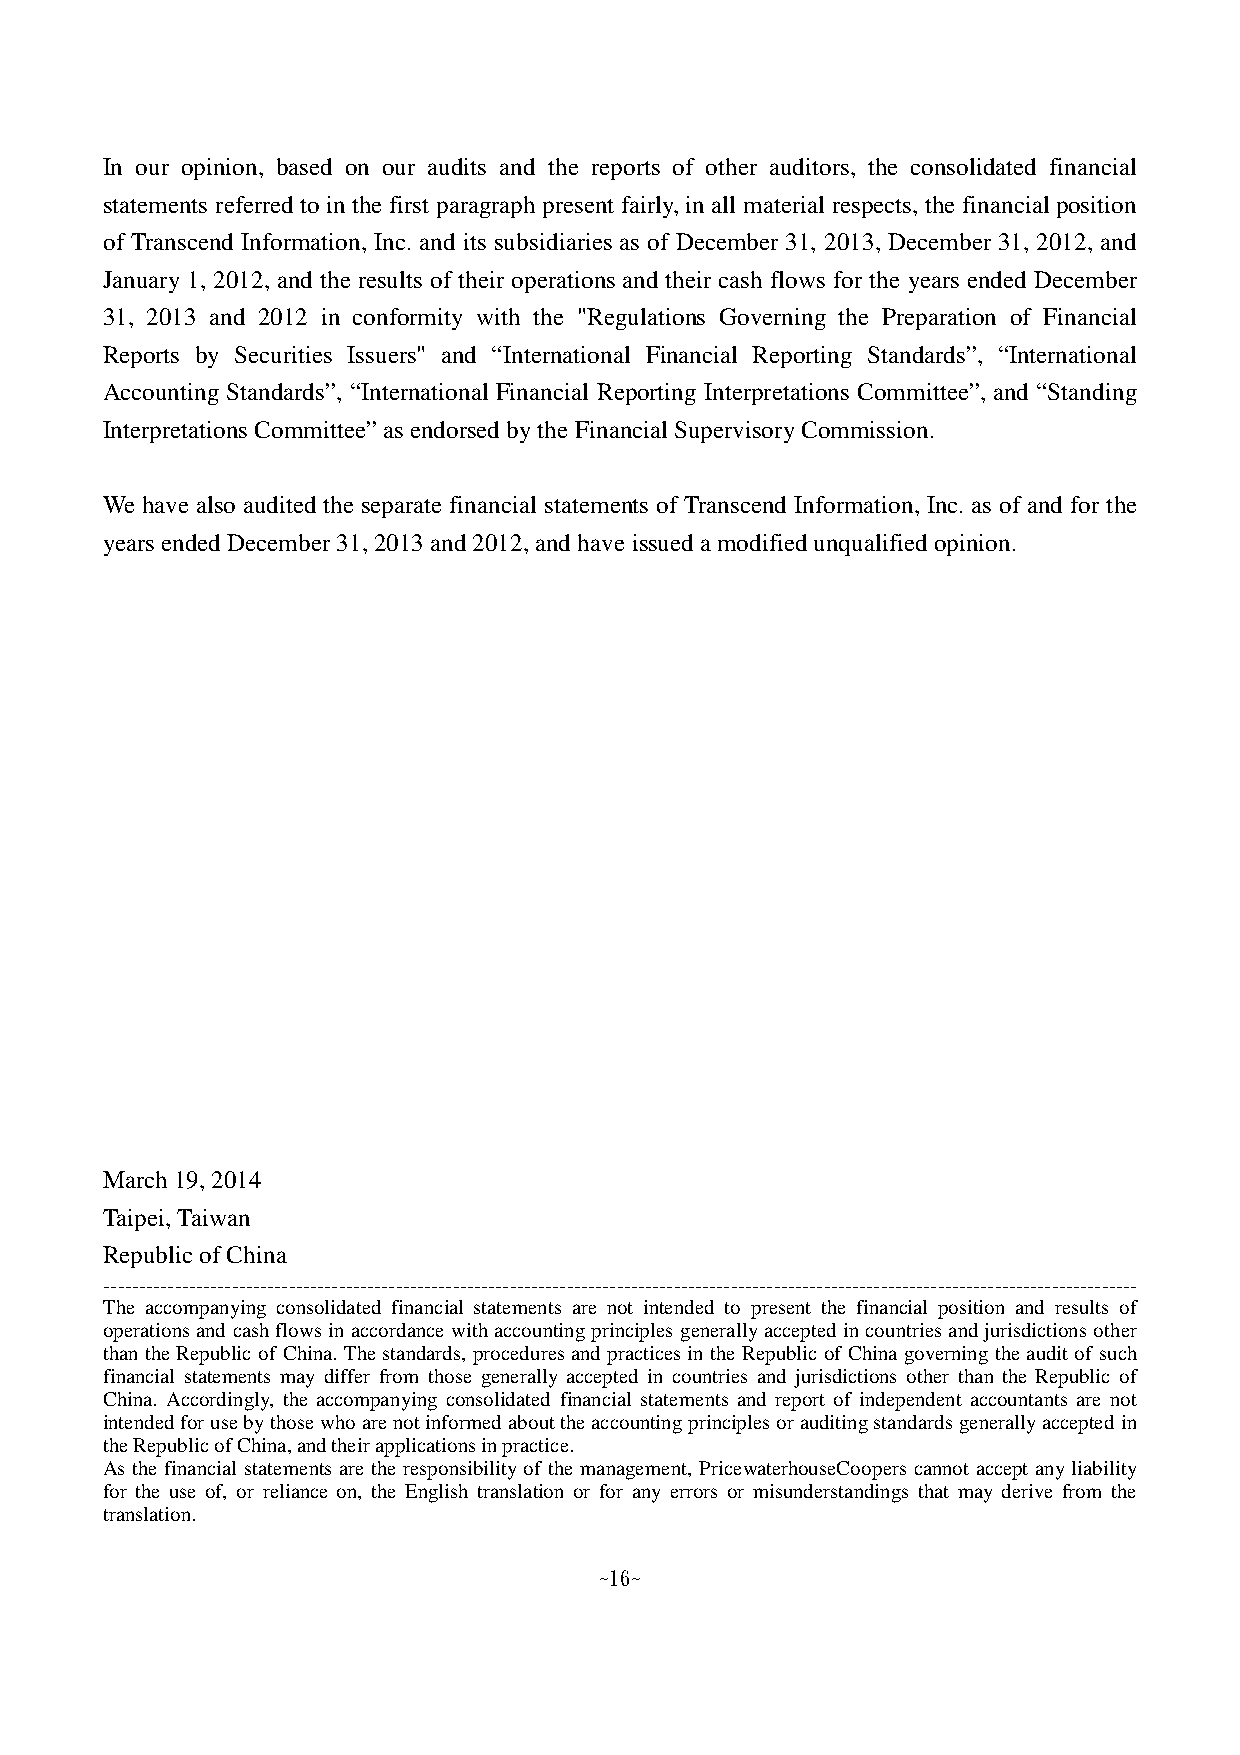
In our opinion, based on our audits and the reports of other auditors, the consolidated financial
 statements referred to in the first paragraph present fairly, in all material respects, the financial position
 of Transcend Information, Inc. and its subsidiaries as of December 31, 2013, December 31, 2012, and
 January 1, 2012, and the results of their operations and their cash flows for the years ended December
 31, 2013 and 2012 in conformity with the "Regulations Governing the Preparation of Financial
 Reports by Securities Issuers" and “International Financial Reporting Standards”, “International
 Accounting Standards”, “International Financial Reporting Interpretations Committee”, and “Standing
 Interpretations Committee” as endorsed by the Financial Supervisory Commission.
 We have also audited the separate financial statements of Transcend Information, Inc. as of and for the
 years ended December 31, 2013 and 2012, and have issued a modified unqualified opinion.
 March 19, 2014
 Taipei, Taiwan
 Republic of China
 -------------------------------------------------------------------------------------------------------------------------------------------------
 The accompanying consolidated financial statements are not intended to present the financial position and results of
 operations and cash flows in accordance with accounting principles generally accepted in countries and jurisdictions other
 than the Republic of China. The standards, procedures and practices in the Republic of China governing the audit of such
 financial statements may differ from those generally accepted in countries and jurisdictions other than the Republic of
 China. Accordingly, the accompanying consolidated financial statements and report of independent accountants are not
 intended for use by those who are not informed about the accounting principles or auditing standards generally accepted in
 the Republic of China, and their applications in practice.
 As the financial statements are the responsibility of the management, PricewaterhouseCoopers cannot accept any liability
 for the use of, or reliance on, the English translation or for any errors or misunderstandings that may derive from the
 t ranslation.
 ~16~